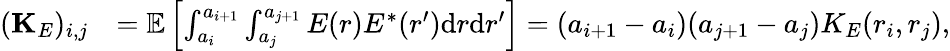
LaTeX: \begin{array}{rl}{({\mathbf K}_{E})_{i,j}}&{={\mathbb E}\left[\int_{a_{i}}^{a_{i+1}}\int_{a_{j}}^{a_{j+1}}E(r)E^{*}(r^{\prime})\mathrm{d}r\mathrm{d}r^{\prime}\right]=(a_{i+1}-a_{i})(a_{j+1}-a_{j})K_{E}(r_{i},r_{j}),}\end{array}